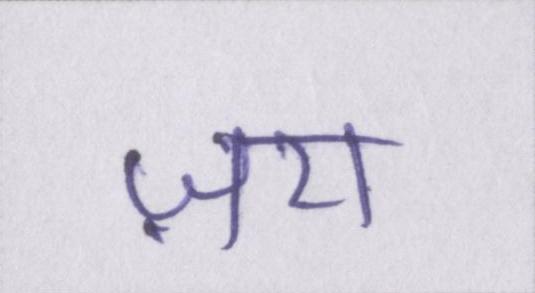
ज़रा